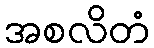
အစလိတံ